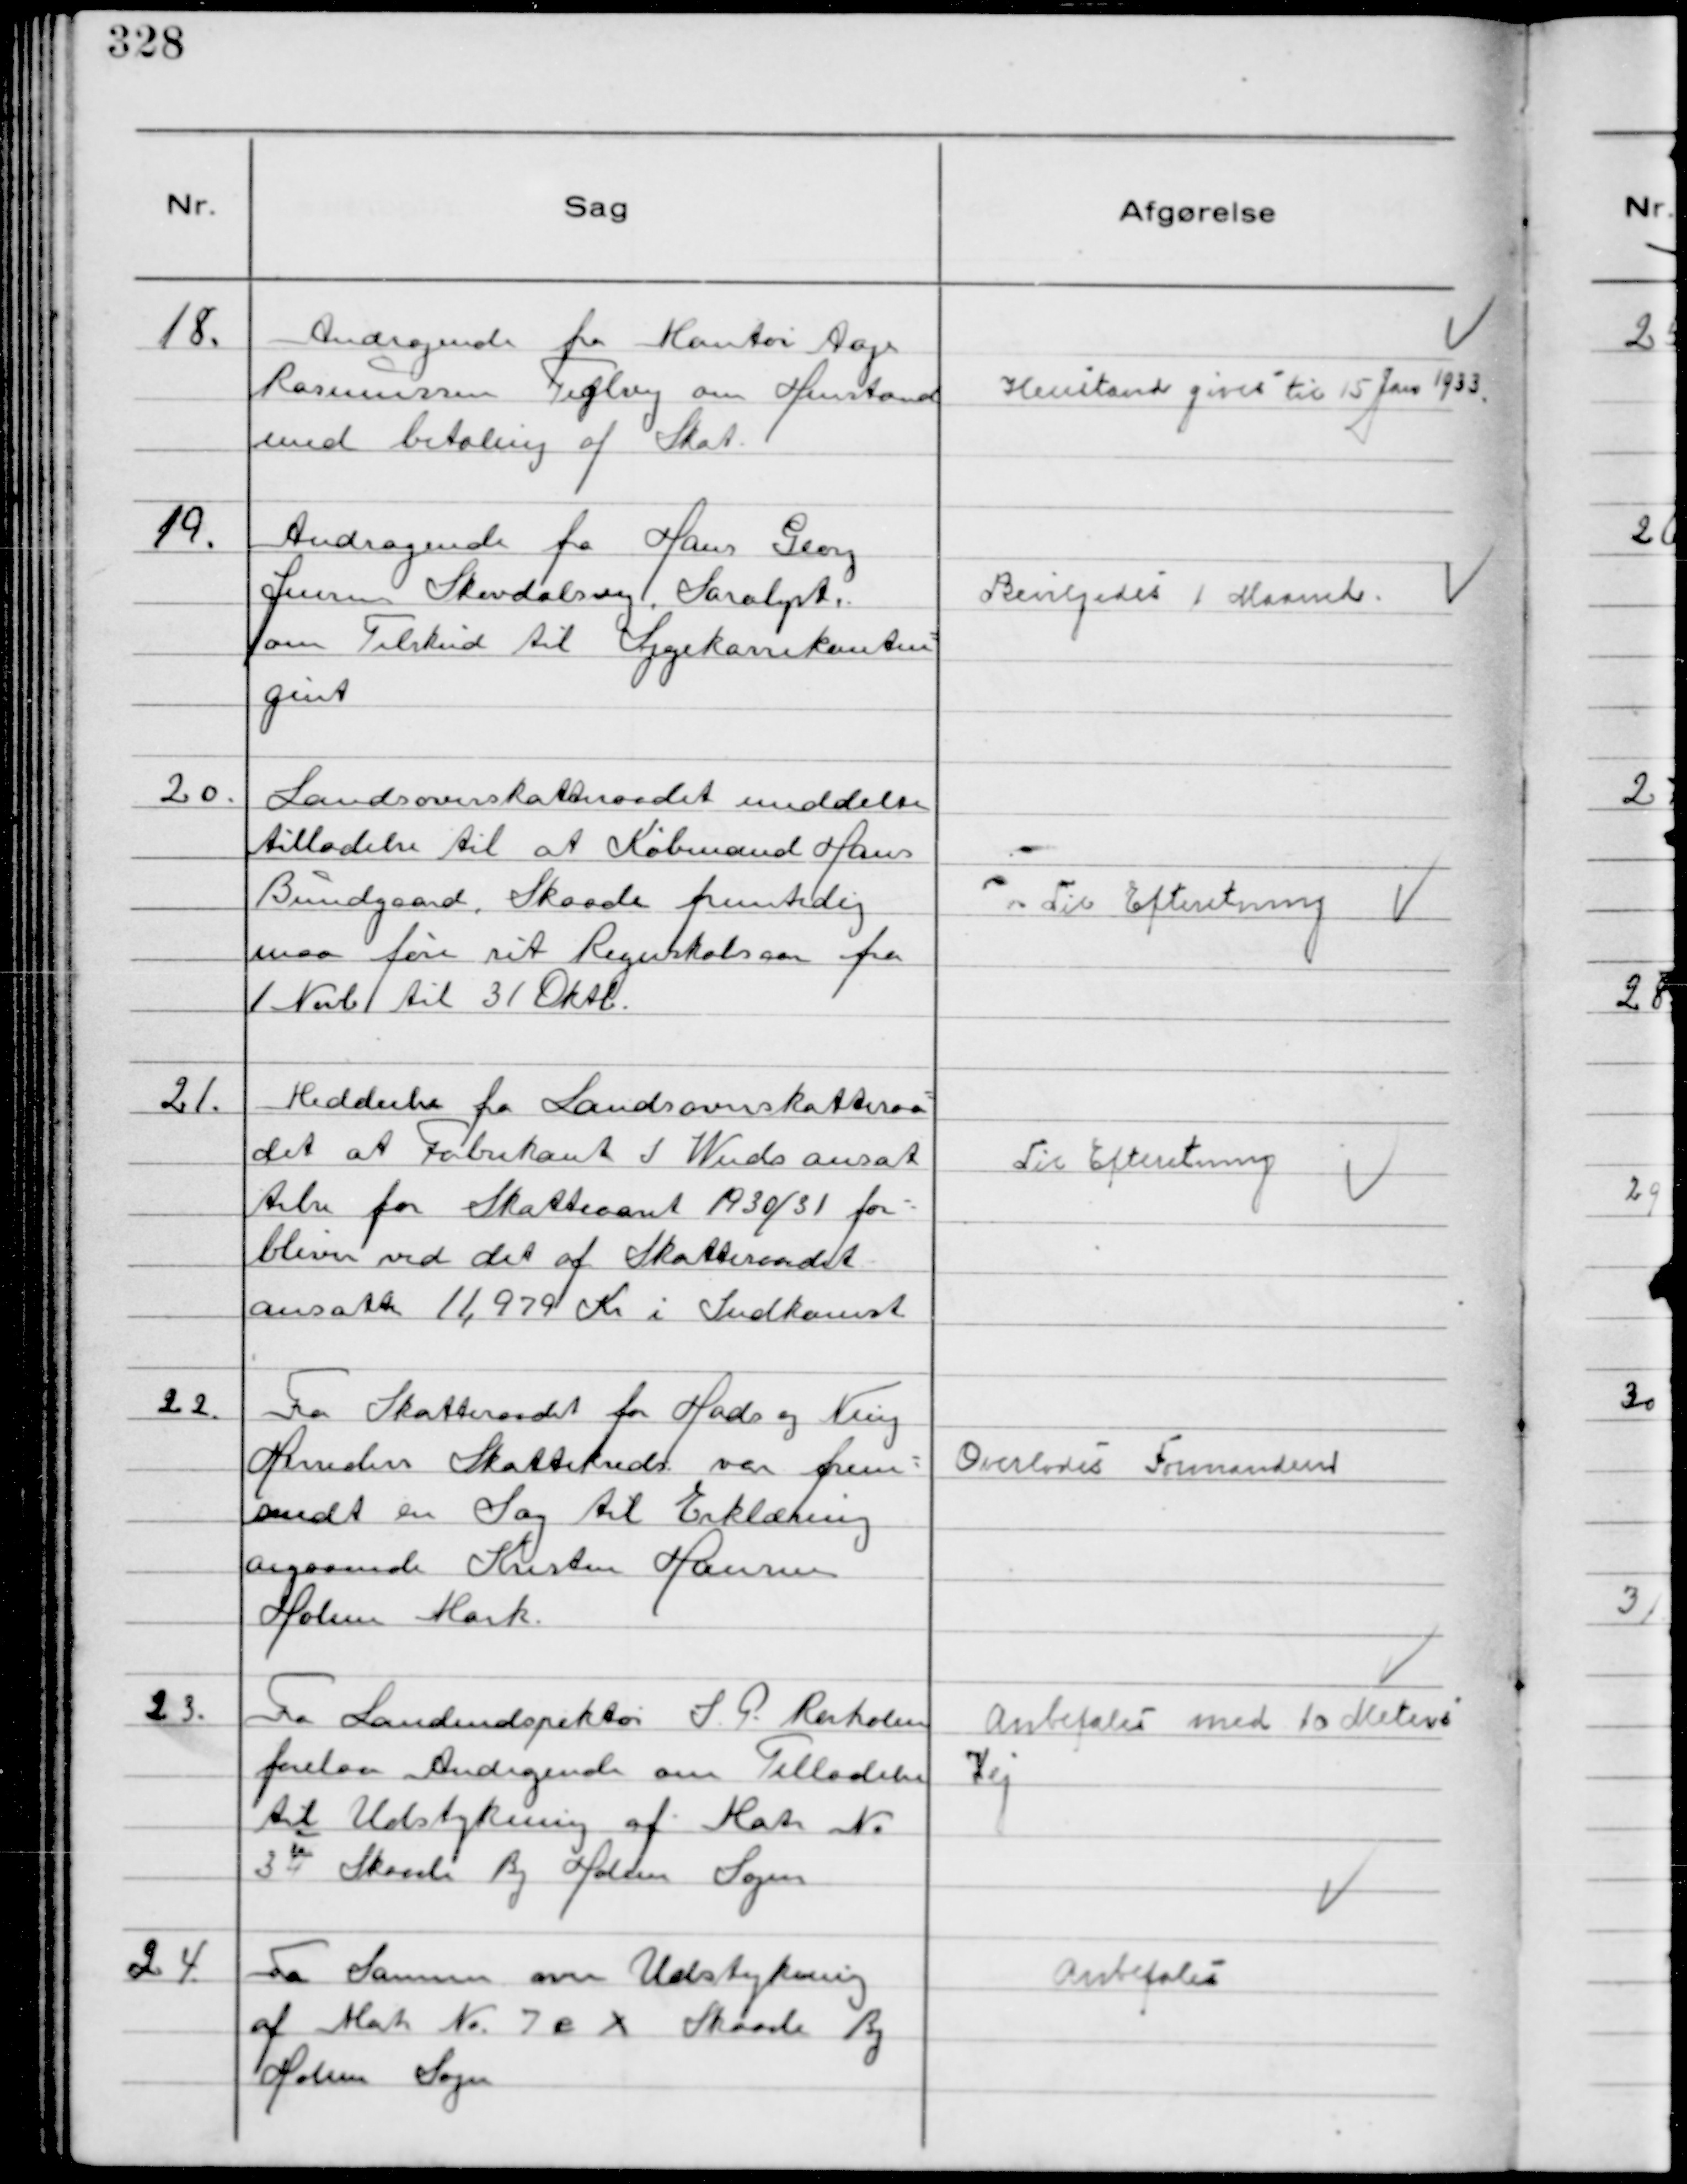
Transskription:
18.
Andragende fra Montør Aage
Rasmussen Teglvej om Henstand
med betaling af Skat.

Henstand givet til 15 Jan 1933

19.
Andragende fra Hans Georg
Jensen Skovdalsvej, Saralyst,
om Tilskud til Sygekassekontin-
gent

Bevilgedes 1 maaned

20.
Landsoverskatteraadet meddelte
tilladelse til at Købmand Hans
Bundgaard, Skaade fremtidig
maa føre sit Regnskabsaar fra
1 Novb til 31 Oktb.

Til Efteretning

21.
Meddeelse fra Landsoverskatteraa-
det at Fabrikant S Wieds ansæt
telse for Skatteaaret 1930/31 for-
bliver ved det af Skatteraadet
ansatte 11,979 Kr i Indkomst

Til Efteretning

22.
Fra Skatteraadet for Hads og Ning
Herreders Skattekreds var frem-
sendt en Sag til Erklæring
angaaende Kristen Hansen
Holme Mark.

Overlodes Formanden

23.
Fra Landindspektør S P Rørholm
forelaa Andragende om Tilladelse
til Udstykning af Matr №
3 u Skaade By Holme Sogn

Anbefales med 10 Meters
Vej

24
Fra Samme over Udstykning
af Matr № 7 e x Skaade By
Holme Sogn

Anbefales